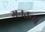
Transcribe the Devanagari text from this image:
गनतब्य